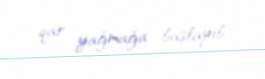
qar yağmağa başlayıb.